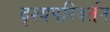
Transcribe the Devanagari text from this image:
दृश्यपरिवर्तन